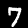
Digit: 7